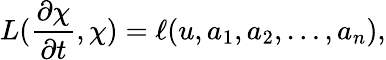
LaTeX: L(\frac{\partial\chi}{\partial t},\chi)=\ell(u,a_{1},a_{2},\ldots,a_{n}),